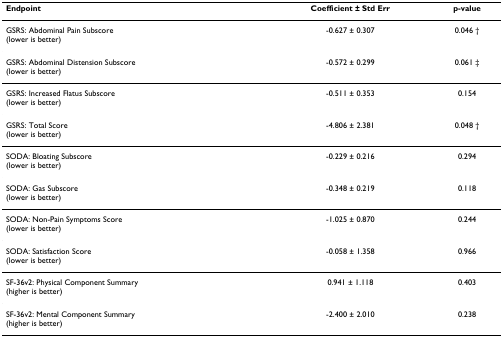
<table><thead><tr><td><b>Endpoint</b></td><td><b>Coefficient ± Std Err</b></td><td><b>p-value</b></td></tr></thead><tbody><tr><td>GSRS: Abdominal Pain Subscore(lower is better)</td><td>-0.627 ± 0.307</td><td>0.046 †</td></tr><tr><td>GSRS: Abdominal Distension Subscore(lower is better)</td><td>-0.572 ± 0.299</td><td>0.061 ‡</td></tr><tr><td>GSRS: Increased Flatus Subscore(lower is better)</td><td>-0.511 ± 0.353</td><td>0.154</td></tr><tr><td>GSRS: Total Score(lower is better)</td><td>-4.806 ± 2.381</td><td>0.048 †</td></tr><tr><td>SODA: Bloating Subscore(lower is better)</td><td>-0.229 ± 0.216</td><td>0.294</td></tr><tr><td>SODA: Gas Subscore(lower is better)</td><td>-0.348 ± 0.219</td><td>0.118</td></tr><tr><td>SODA: Non-Pain Symptoms Score(lower is better)</td><td>-1.025 ± 0.870</td><td>0.244</td></tr><tr><td>SODA: Satisfaction Score(lower is better)</td><td>-0.058 ± 1.358</td><td>0.966</td></tr><tr><td>SF-36v2: Physical Component Summary(higher is better)</td><td>0.941 ± 1.118</td><td>0.403</td></tr><tr><td>SF-36v2: Mental Component Summary(higher is better)</td><td>-2.400 ± 2.010</td><td>0.238</td></tr></tbody></table>